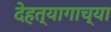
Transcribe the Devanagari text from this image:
देहत्यागाच्या